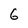
Character: 6